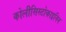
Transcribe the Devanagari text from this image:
कोलीसिस्टोकाइनिन